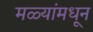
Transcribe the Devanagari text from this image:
मळ्यांमधून